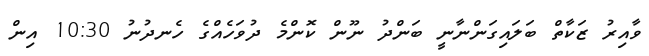
ވާއިރު ޒަކާތް ބަލައިގަންނާނީ ބަންދު ނޫން ކޮންމެ ދުވަހެއްގެ ހެނދުނު 10:30 އިން